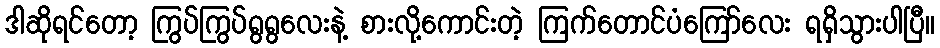
ဒါဆိုရင်တော့ ကြွပ်ကြွပ်ရွရွလေးနဲ့ စားလို့ကောင်းတဲ့ ကြက်တောင်ပံကြော်လေး ရရှိသွားပါပြီ။